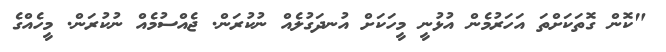
"ކޮން ގޮތަކަށްތަ އަހަރުމެން އުޅުނީ މީހަކަށް އުނދަގުލެއް ނުކުރަން. ޖެއްސުމެއް ނުކުރަން. މީހެއްގެ